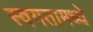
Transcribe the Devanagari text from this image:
स्वगतामध्ये